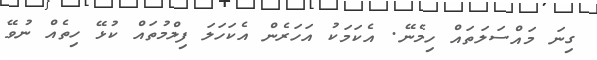
ގިނަ މައްސަލަތައް ހިމެނޭ. އެކަމަކު އަހަރެން އެކަހަލަ ފިލްމުތައް ކުޅޭ ހިތެއް ނުވޭ